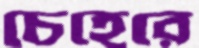
চেহেরে